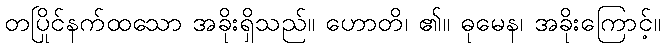
တပြိုင်နက်ထသော အခိုးရှိသည်။ ဟောတိ၊ ၏။ ဓုမေန၊ အခိုးကြောင့်။